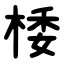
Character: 㮃